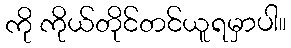
ကို ကိုယ်တိုင်တင်ယူရမှာပါ။